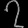
Digit: ၇